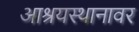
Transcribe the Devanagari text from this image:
आश्रयस्थानावर